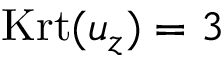
\mathrm { K r t } ( u _ { z } ) = 3